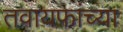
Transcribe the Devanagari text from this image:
तवायफांच्या